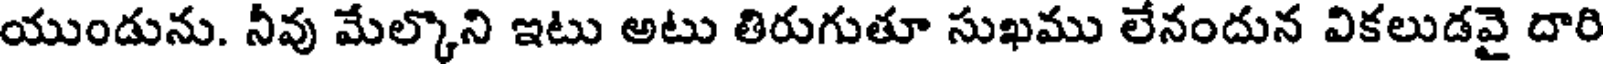
యుండును. నీవు మేల్కొని ఇటు అటు తిరుగుతూ సుఖము లేనందున వికలుడవై దారి